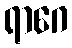
ရာဂေ